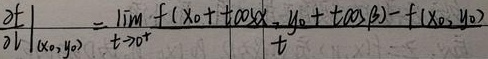
\[
\left.\frac{\partial f}{\partial l}\right|_{(x_0,y_0)}=\lim_{t \to 0^{+}}\frac{f(x_0 + t\cos\alpha,y_0 + t\cos\beta)-f(x_0,y_0)}{t}
\]